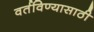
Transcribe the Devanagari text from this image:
वर्तविण्यासाठी